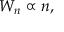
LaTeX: W _ { n } \propto n ,